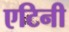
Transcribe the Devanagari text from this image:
एटिनी